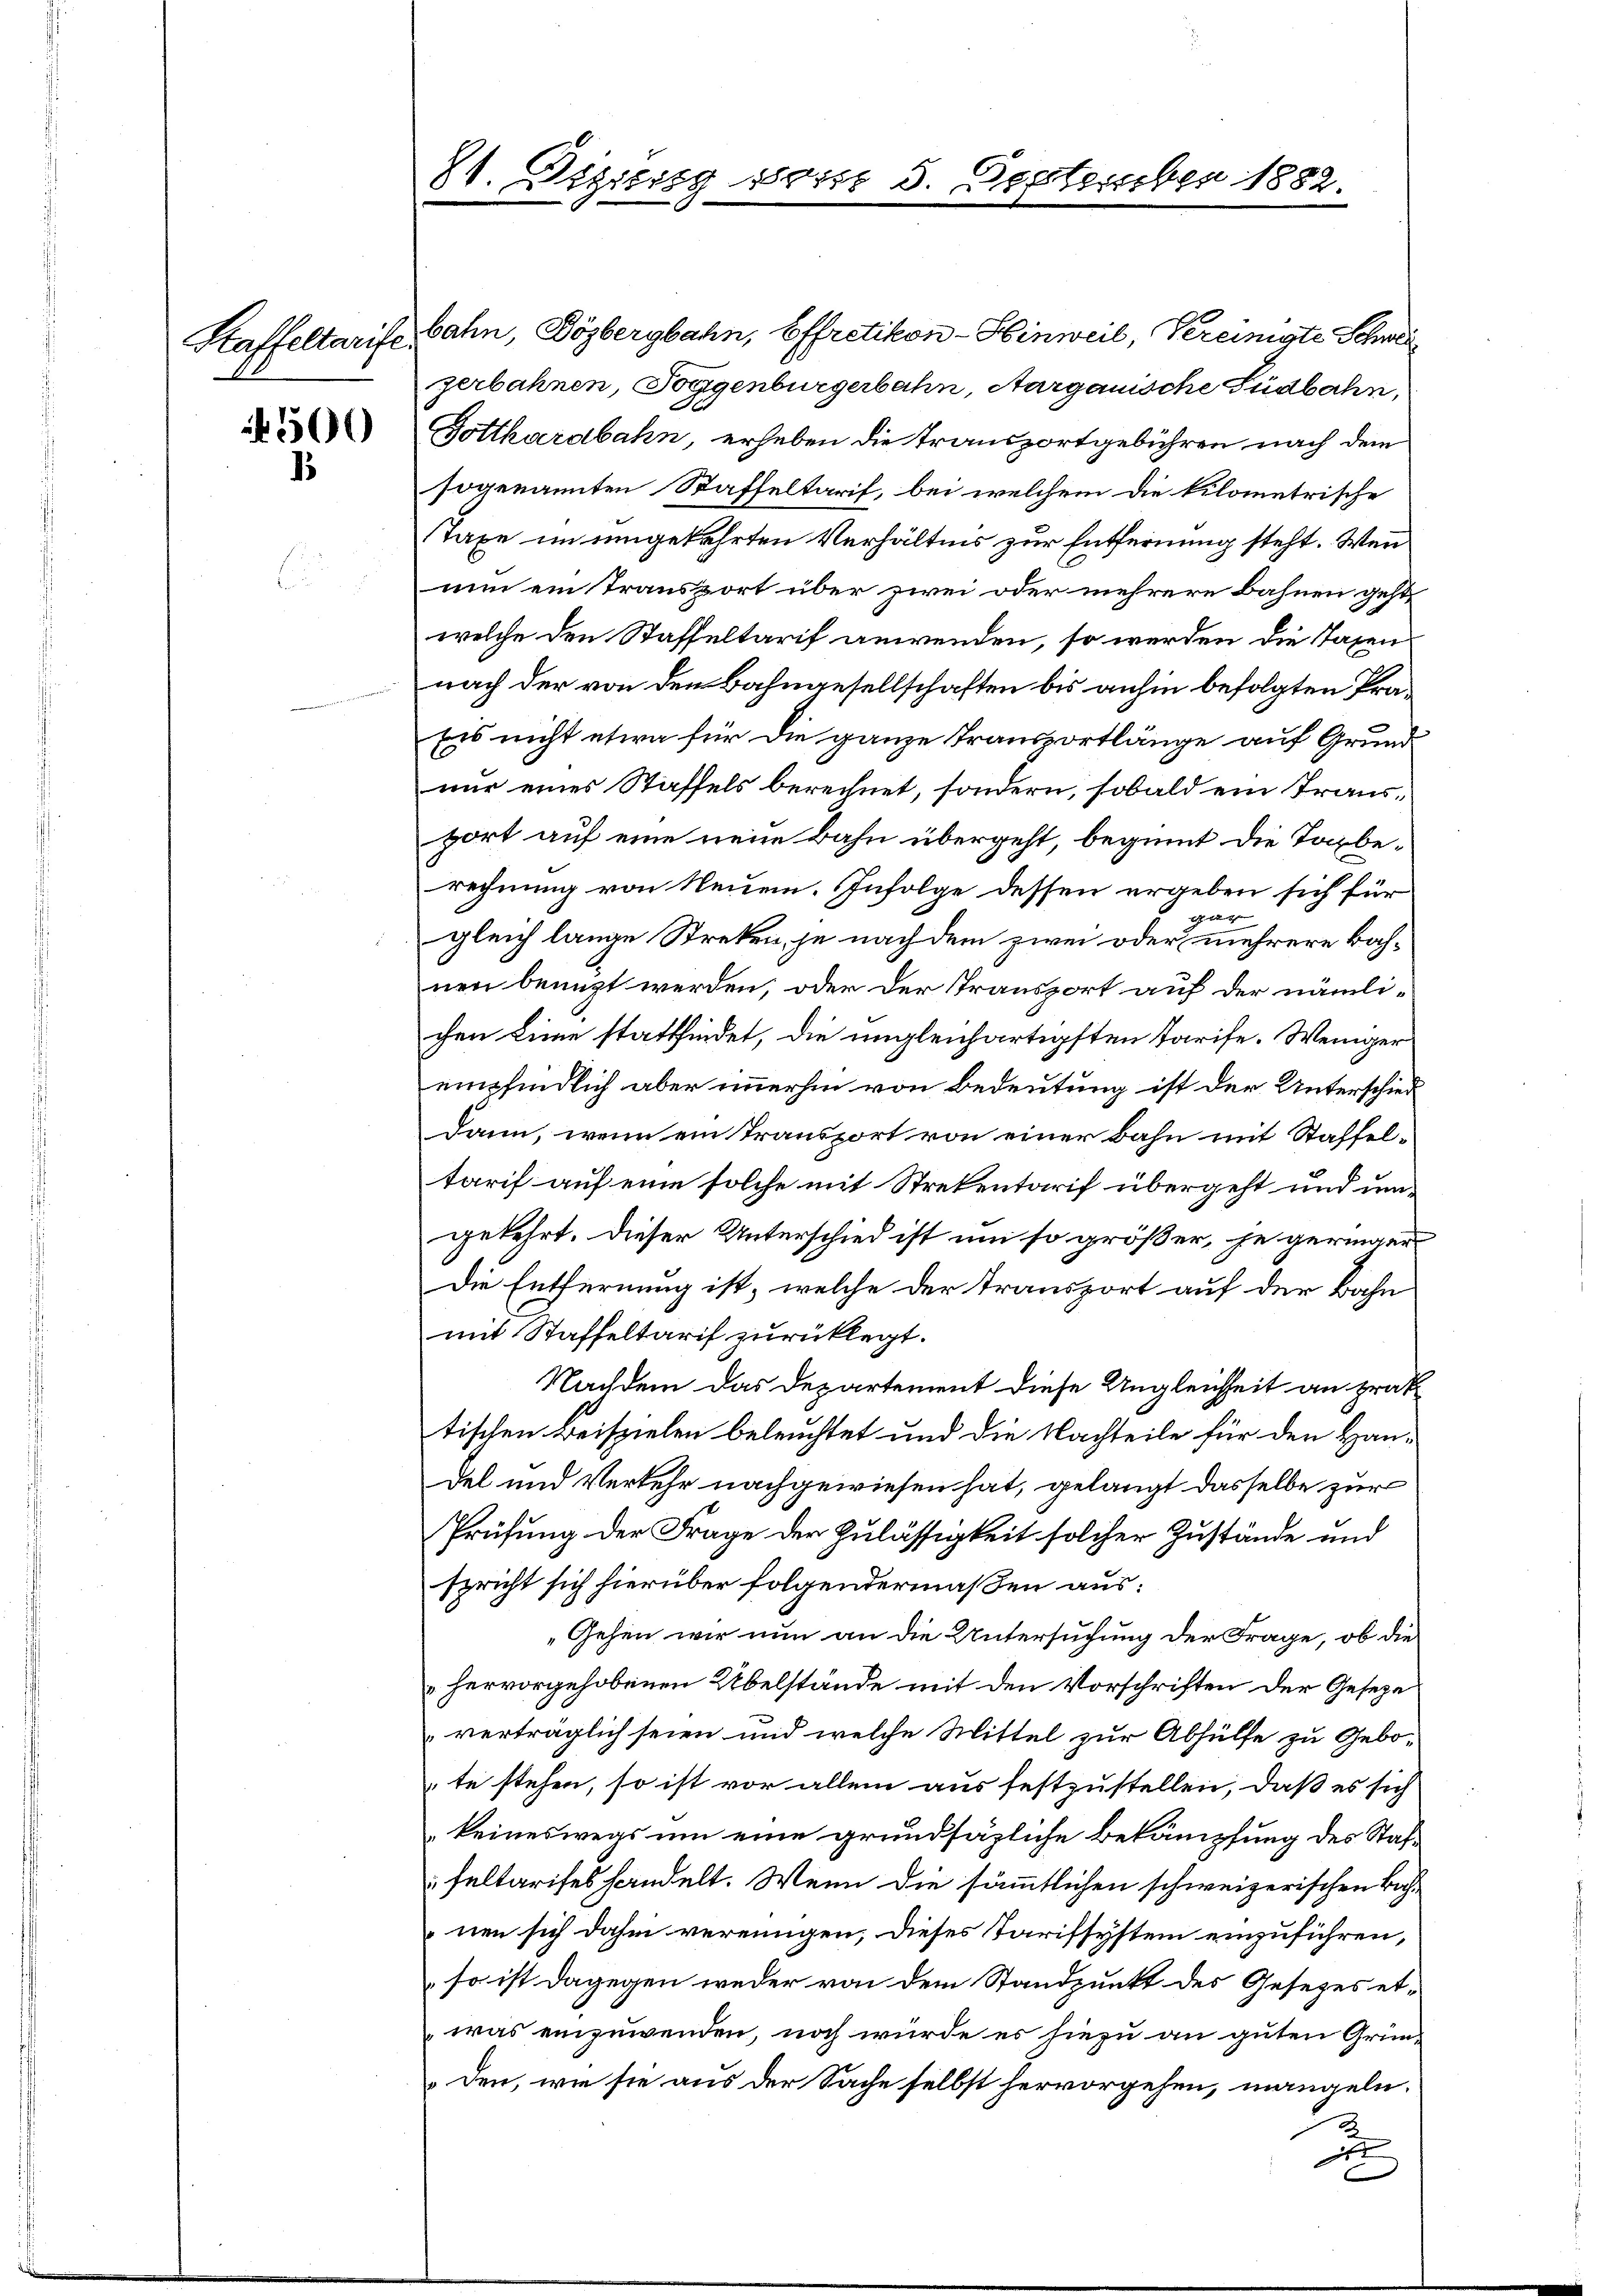
Staffeltarife.

500
1

bahn, Bözbergbahn, Effretikon-Hinweil, Vereinigte Schwei
gerbahnen, Toggenburgerbahn, Aargauische Südbahn,
Gotthardbahn, erheben die Transportgebühren nach dem
sogenannten Staffeltarif, bei welchem die kilometrische
Taxe im umgekehrten Verhältnis zur Entfernung steht. Wenn
nun ein Transport über zwei oder mehrere Bahnen geht,
welche den Staffeltarif anwenden, so werden die Taxen
nach der von den Bahngesellschaften bis anhin befolgten Prä¬
Eis nicht etwa für die ganze Transportlänge auf Grund
nur eines Staffels berechnet, sondern, sobald ein Transport auf eine neue Bahn übergeht, beginnt die Torberechnung von Neuen. Infolge dessen ergeben sich für
Schulden
gleich lange Streken, je nach dem zwei oder mehrere Bahnen benuzt werden, oder der Transport auf der nämlichen Linie stattfindet, die ungleichartigsten Tarife. Weniger
empfindlich aber immerhin von Bedeutung ist der Unterschied
Dann, wenn ein Transport von einer Bahn mit Staffeltarif auf eine solche mit Strekentarif übergeht und umgekehrt. Dieser Unterschied ist um so größer, je geringer
Die Entfernung ist, welche der Transport auf der Bahn
mit Staffeltarif zurücklegt.
Nachdem das Departement diese Ungleichheit an prak-
tischen Beispielen beleuchtet und die Nachteile für den Handel und Verkehr nachgewiesen hat, gelangt dasselbe zur
Prüfung der Frage der Zulässigkeit solcher Zustände und
spricht sich hierüber folgendermaßen aus:
Gehen wir nun an die Untersuchung der Frage, ob die
hervorgehobenen Übelstände mit den Vorschriften der Geseze
verträglich seien und welche Mittel zur Abhülfe zu Gebote stehen, so ist vor allem aus festzustellen, daß es sich
keineswegs um eine grundsäzliche Bekämpfung des Staffeltarises handelt. Wenn die sämmtlichen schweizerischen Bachnen sich dahin vereinigen, dieses Tarifsystem einzuführen,
so ist dagegen weder von dem Standpunkt des Gesetzes etwas einzuwenden, noch wurde es hiezu an guten Gründen, wie sie aus der Sache selbst hervorgehen, mangeln.
x
x

81. Sitzung 1884. 5. September 1882.